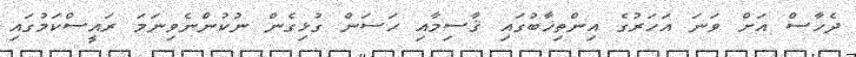
ދެހާސް އަށް ވަނަ އަހަރުގެ އިންތިޚާބުގައި ޤާސިމާއި ޙަސަން ގުޅިގެން ނުކުންނެވިނަމަ ރައީސްކަމުގައި